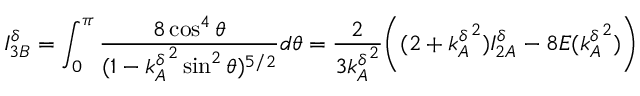
I _ { 3 B } ^ { \delta } = \int _ { 0 } ^ { \pi } \frac { 8 \cos ^ { 4 } \theta } { ( 1 - { k _ { A } ^ { \delta } } ^ { 2 } \sin ^ { 2 } \theta ) ^ { 5 / 2 } } d \theta = \frac { 2 } { 3 { k _ { A } ^ { \delta } } ^ { 2 } } \Bigg ( ( 2 + { k _ { A } ^ { \delta } } ^ { 2 } ) I _ { 2 A } ^ { \delta } - 8 E ( { k _ { A } ^ { \delta } } ^ { 2 } ) \Bigg )